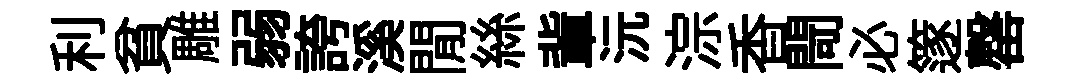
利貧雕弱誇溪閒絲軰沅淙香閜必篴罄